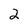
Character: 2